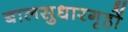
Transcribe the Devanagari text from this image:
बालसुधारगृहों